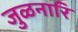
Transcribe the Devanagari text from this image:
जुळनारि